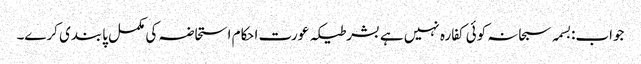
جواب:بسمہ سبحانہ کوئی کفارہ نہیں ہے بشرطیکہ عورت احکام استحاضہ کی مکمل پابندی کرے۔